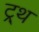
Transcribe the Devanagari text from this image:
ट्र्थ